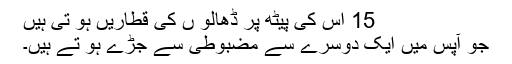
15 اس کی پیٹھ پر ڈھالو ں کی قطاریں ہو تی ہیں
جو آپس میں ایک دوسرے سے مضبوطی سے جڑے ہو تے ہیں۔